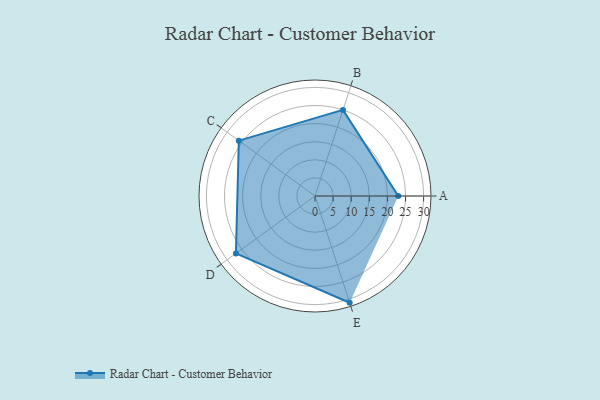
{"axis": {"x": "Skill", "y": "Score"}, "legend": ["Profile"], "data": [{"x": "A", "y": 23.0, "type": "Profile"}, {"x": "B", "y": 25.0, "type": "Profile"}, {"x": "C", "y": 26.0, "type": "Profile"}, {"x": "D", "y": 27.0, "type": "Profile"}, {"x": "E", "y": 31.0, "type": "Profile"}]}